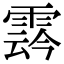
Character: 𩃬